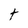
Character: t